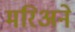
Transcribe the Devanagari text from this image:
मरिअने